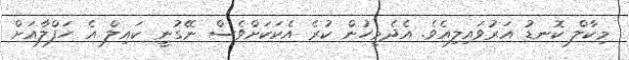
މިކާލް ކޮނޑު އަރުވައިލިއެވެ. އެދެމީހުން ކުރެ އެކަކަށްވެސް ނޭގުނީ ކައިލް އެ ހަފްލާއަށް